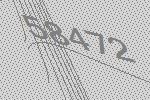
58472